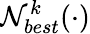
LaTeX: \mathcal{N}_{best}^{k}(\cdot)